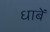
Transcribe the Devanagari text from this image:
धाबें